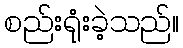
စည်းရုံးခဲ့သည်။